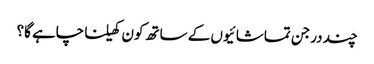
چند درجن تماشائیوں کے ساتھ کون کھیلنا چاہے گا؟